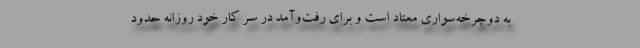
به دوچرخه‌سواری معتاد است و برای رفت‌و‌آمد در سر کار خود روزانه حدود